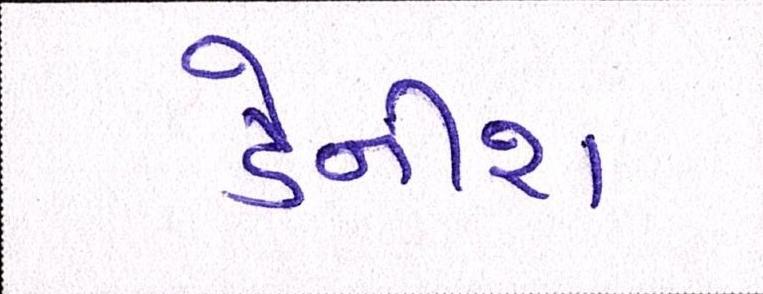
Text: ડેનીશ